Lunatic asylums Punjab 1911-1921 - 1911-1921
Year: 1911
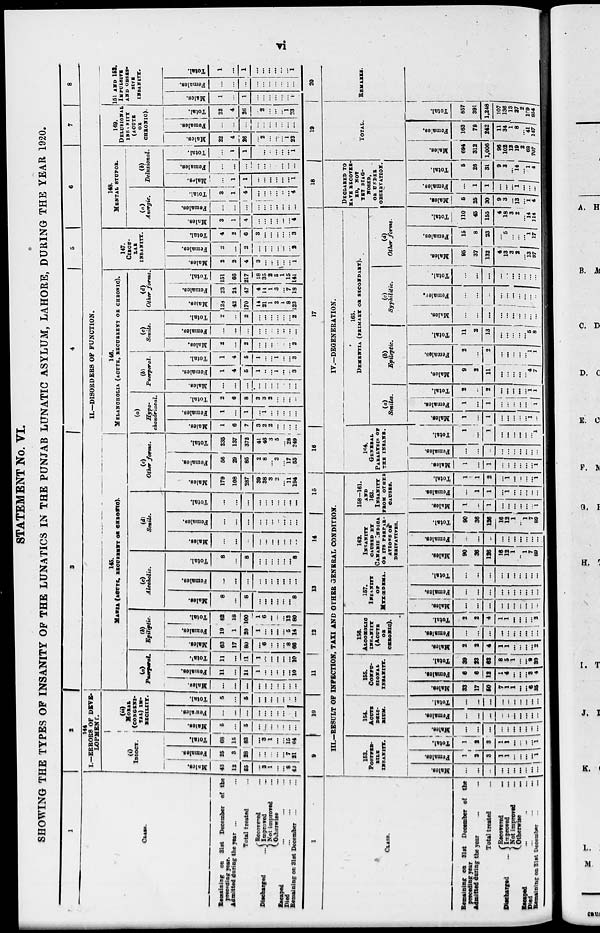
vi
STATEMENT No. VI.
SHOWING THE TYPES OF INSANITY OF THE LUNATICS IN THE PUNJAB LUNATIC ASYLUM, LAHORE, DURING THE YEAR 1920.
1
CLASS.
Remaining on 31st December of the
preceding year.
Admitted daring the year ... ...
Total treated ...
Discharged
...
Recovered ...
Improved ...
Not improved
...
Otherwise ...
Escaped ... ... ...
Died ... ... ...
Remaining on 31st December ... ...
2
I.-ERRORS OF DEVE-
LOPMENT.
(i)
IDIOCY.
Males.
43
12
55
...
3
1
...
...
8
43
Females.
25
3
28
...
...
...
...
...
7
21
Total.
68
15
83
...
3 1
...
...
15
64
(ii)
MORAL
(COSGENI-
TAL) IM-
BECILITY.
Males.
5
...
5
...
...
...
...
...
...
...
Females.
...
...
...
...
...
...
...
...
...
...
Total.
5
...
5
...
...
...
...
...
...
...
3
4
5
6
7
8
II.—DISORDERS OF FUNCTION.
145.
MANIA (ACUTE, RECURRENT OR CHRONIC).
(a)
Puerperal.
Males.
...
...
...
...
...
...
...
...
...
...
Females.
11
...
11
1
...
...
...
...
...
10
Total.
11
...
11
1
...
...
...
...
...
10
(b)
Epiliptic.
Males.
63
17
80
...
6
...
...
... 8
66
Females.
19
1
20
1
...
...
...
...
5
14
Total.
82
18
100
1
6
...
...
...
13
80
(c)
Alcoholic.
Males.
8
...
8
...
...
...
...
...
...
8
Females.
...
...
...
...
...
...
...
...
...
...
Total.
8
...
8
...
...
...
...
...
...
8
(d)
Senile.
Males.
...
...
...
...
...
...
...
...
...
...
Females.
...
...
...
...
...
...
...
...
...
...
Total.
...
...
...
...
...
...
...
...
...
...
(e)
Other forms.
Males.
179
108
287
39
38
3
2
...
11
194
Females.
56
29
85
2
8
...
3
...
17
55
Total.
235
137
372
41
46
3
5
...
28
249
146.
MELANCHOLIA (ACUTE, RECURRENT OR CHRONIC).
(a)
Hypo-
chondriacal.
Males.
1
6
7
3
2
2
...
...
...
...
Females.
1
...
1
...
1
...
...
...
...
...
Total.
2
6
8
3
3
2
...
...
...
...
(b)
Puerperal.
Males.
...
...
...
...
...
...
...
...
...
...
Females.
1
4
5
1
...
...
1
...
...
3
Total.
1
4
5
1
...
...
1
...
...
3
(c)
Senile.
Males.
2
...
2
...
...
...
...
...
...
2
Females.
...
...
...
...
...
...
...
...
...
...
Total.
2
...
2
...
...
...
...
...
...
2
(d)
Other forms.
Males.
128
42
170
14
21
1
2
1
8
123
Females.
23
24
47
4
14
1
3
...
7
18
Total.
151
66
217
18
35
2
5
1
15
141
147.
CIRCU-
LAR
INSANITY.
Males.
2
2
4
3
...
...
...
...
...
1
Females.
2
...
2
...
...
...
...
...
...
2
Total.
4
2
6
3
...
...
...
...
...
3
148.
MENTAL STUPOR.
(a)
Anergic.
Males.
3
1
4
...
...
...
...
...
...
4
Females.
...
...
...
...
...
...
...
...
...
...
Total.
3
1
4
...
...
...
..
...
4
(b)
Delusional.
Males.
...
1
1
...
...
...
...
...
1
Females.
...
...
...
...
...
...
...
...
Total.
...
1
1
...
..
...
...
...
1
149.
DELUSIONAL
INSENITY
(ACUTE
OR
CHRONIC).
Males.
22
4
26
...
2
...
...
...
1
23
Females.
...
...
...
...
...
...
...
...
...
...
Total.
22
4
26
...
2
...
...
...
1
23
151 AND 152.
IMPLUSIVE
AND OBSES-
SIVE
INSANITY.
Males.
1
...
1
...
...
...
...
...
...
1
Females.
...
...
...
...
...
...
...
...
...
...
Total.
1
...
1
...
...
...
...
...
...
1
1
CLASS.
Remaining on 31st December of the
preceding year
Admitted during the year
...
...
Total treated ...
Discharged
...
Recovered ...
Improved ...
Not improved ...
Otherwise
...
Escaped ... ... ... ...
Died ... ... ... ...
Remaiaing on 31st December ... ...
9
10
11
12
13
14 15
III.—RESULT OF INFECTION, TAXI AND OTHER GENERAL CONDITION.
153.
POSTFEB-
RILE
INSANITY.
Males.
...
...
...
...
...
...
...
...
...
...
Females.
1
2
3
1
1
...
...
...
...
1
Total.
1
2
3
1
1
...
...
...
...
1
154.
ACUTE
DELI-
RIUM.
Males.
...
...
...
...
...
...
...
...
...
...
Females.
...
...
...
...
...
...
...
...
...
...
Total.
...
...
...
...
...
...
...
...
...
...
155.
CONFU-
SIONAL
INSANITY.
Males.
33
17
50
7
1
1
...
...
6
35
Females.
6
6
12
1
4
...
...
...
3
4
Total.
39
23
62
8
5
1
...
...
9
39
156.
ALCOHOLIC
INSANITY
(ACUTE
OR
CHRONIC).
Males.
2
2
4
1
1
...
...
...
...
2
Females.
...
...
...
...
...
...
...
...
...
...
Total.
2
2
4
1
1
...
...
...
...
2
157.
INSANITY
OF
MYXŒDEMA.
Males.
...
...
...
...
...
...
...
...
...
...
Females.
...
...
...
...
...
...
...
...
...
...
Total.
...
...
...
...
...
...
...
...
...
...
162.
INSANITY
CAUSED BY
CANABIS
INDICA
OR ITS PREPAR-
ATIONS OR
DERIVATIVES.
Males.
90
36
126
16
12
1
...
1
7
89
Females.
...
...
...
...
...
...
...
...
...
...
Total.
90
36
126
16
12
1
...
1
7
89
158-161.
AND
163.
INSANITY
FROM OTHER
CAUSES.
Males.
1
...
1
...
...
...
...
...
...
1
Females.
...
1
1
...
1
...
...
...
...
...
Total.
1
1
2
...
1
...
...
...
...
1
16
17
IV.—DEGENERATION.
164.
GENERAL
PARALYSIS OF
THE
INSANE.
Males.
1
...
1
...
...
...
...
...
... 1
Females.
...
...
...
...
...
...
...
...
...
...
Total.
1
...
1
...
...
...
...
...
...
1
165.
DEMENTIA (PRIMARY OR SECONDARY).
(a)
Seniles.
Males.
1
...
1
...
...
...
...
...
1
...
Females.
1
...
1
...
...
...
...
...
... 1
Total.
2
...
2
...
...
...
...
... 1
1
(b)
Epileptic.
Males.
9
2
11
...
...
...
...
...
4
7
Females.
2
...
2
...
...
...
...
...
1
1
Total.
11
2
13
...
...
...
...
5
8
(c)
Syphilitic.
Mal es .
...
...
...
...
...
...
...
...
... ...
Fe ma l
e s .
...
...
...
...
...
...
...
...
...
...
Total.
...
...
...
...
...
...
...
... ...
...
(d)
Other forms.
Males.
95
37
132
41
13
3
2
...
13
97
Females.
15
8
23
...
5
...
...
... 1
17
Total.
110
45
155
4
18
3
2
...
14
114
18
DECLARED TO
HAVE RECOVER-
ED, NOT
YET DIAG-
NOSED,
OR UNDER
OBSERVATION.
Males.
5
25
30
9
3
...
13
...
1
4
Females.
...
1
1
...
...
...
1
...
...
...
Total.
5
26
31
9
3
...
14
...
1
4
19
TOTAL.
Males.
694
312
1,006
96
102
12
19 2
68
707
Females.
163
79
242
11
34
1
8
...
41
147
Total.
857
391
1,248
107
136
13
27 2
109
854
20
REMARKS.